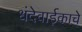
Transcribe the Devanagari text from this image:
धंदेवाईकाचे